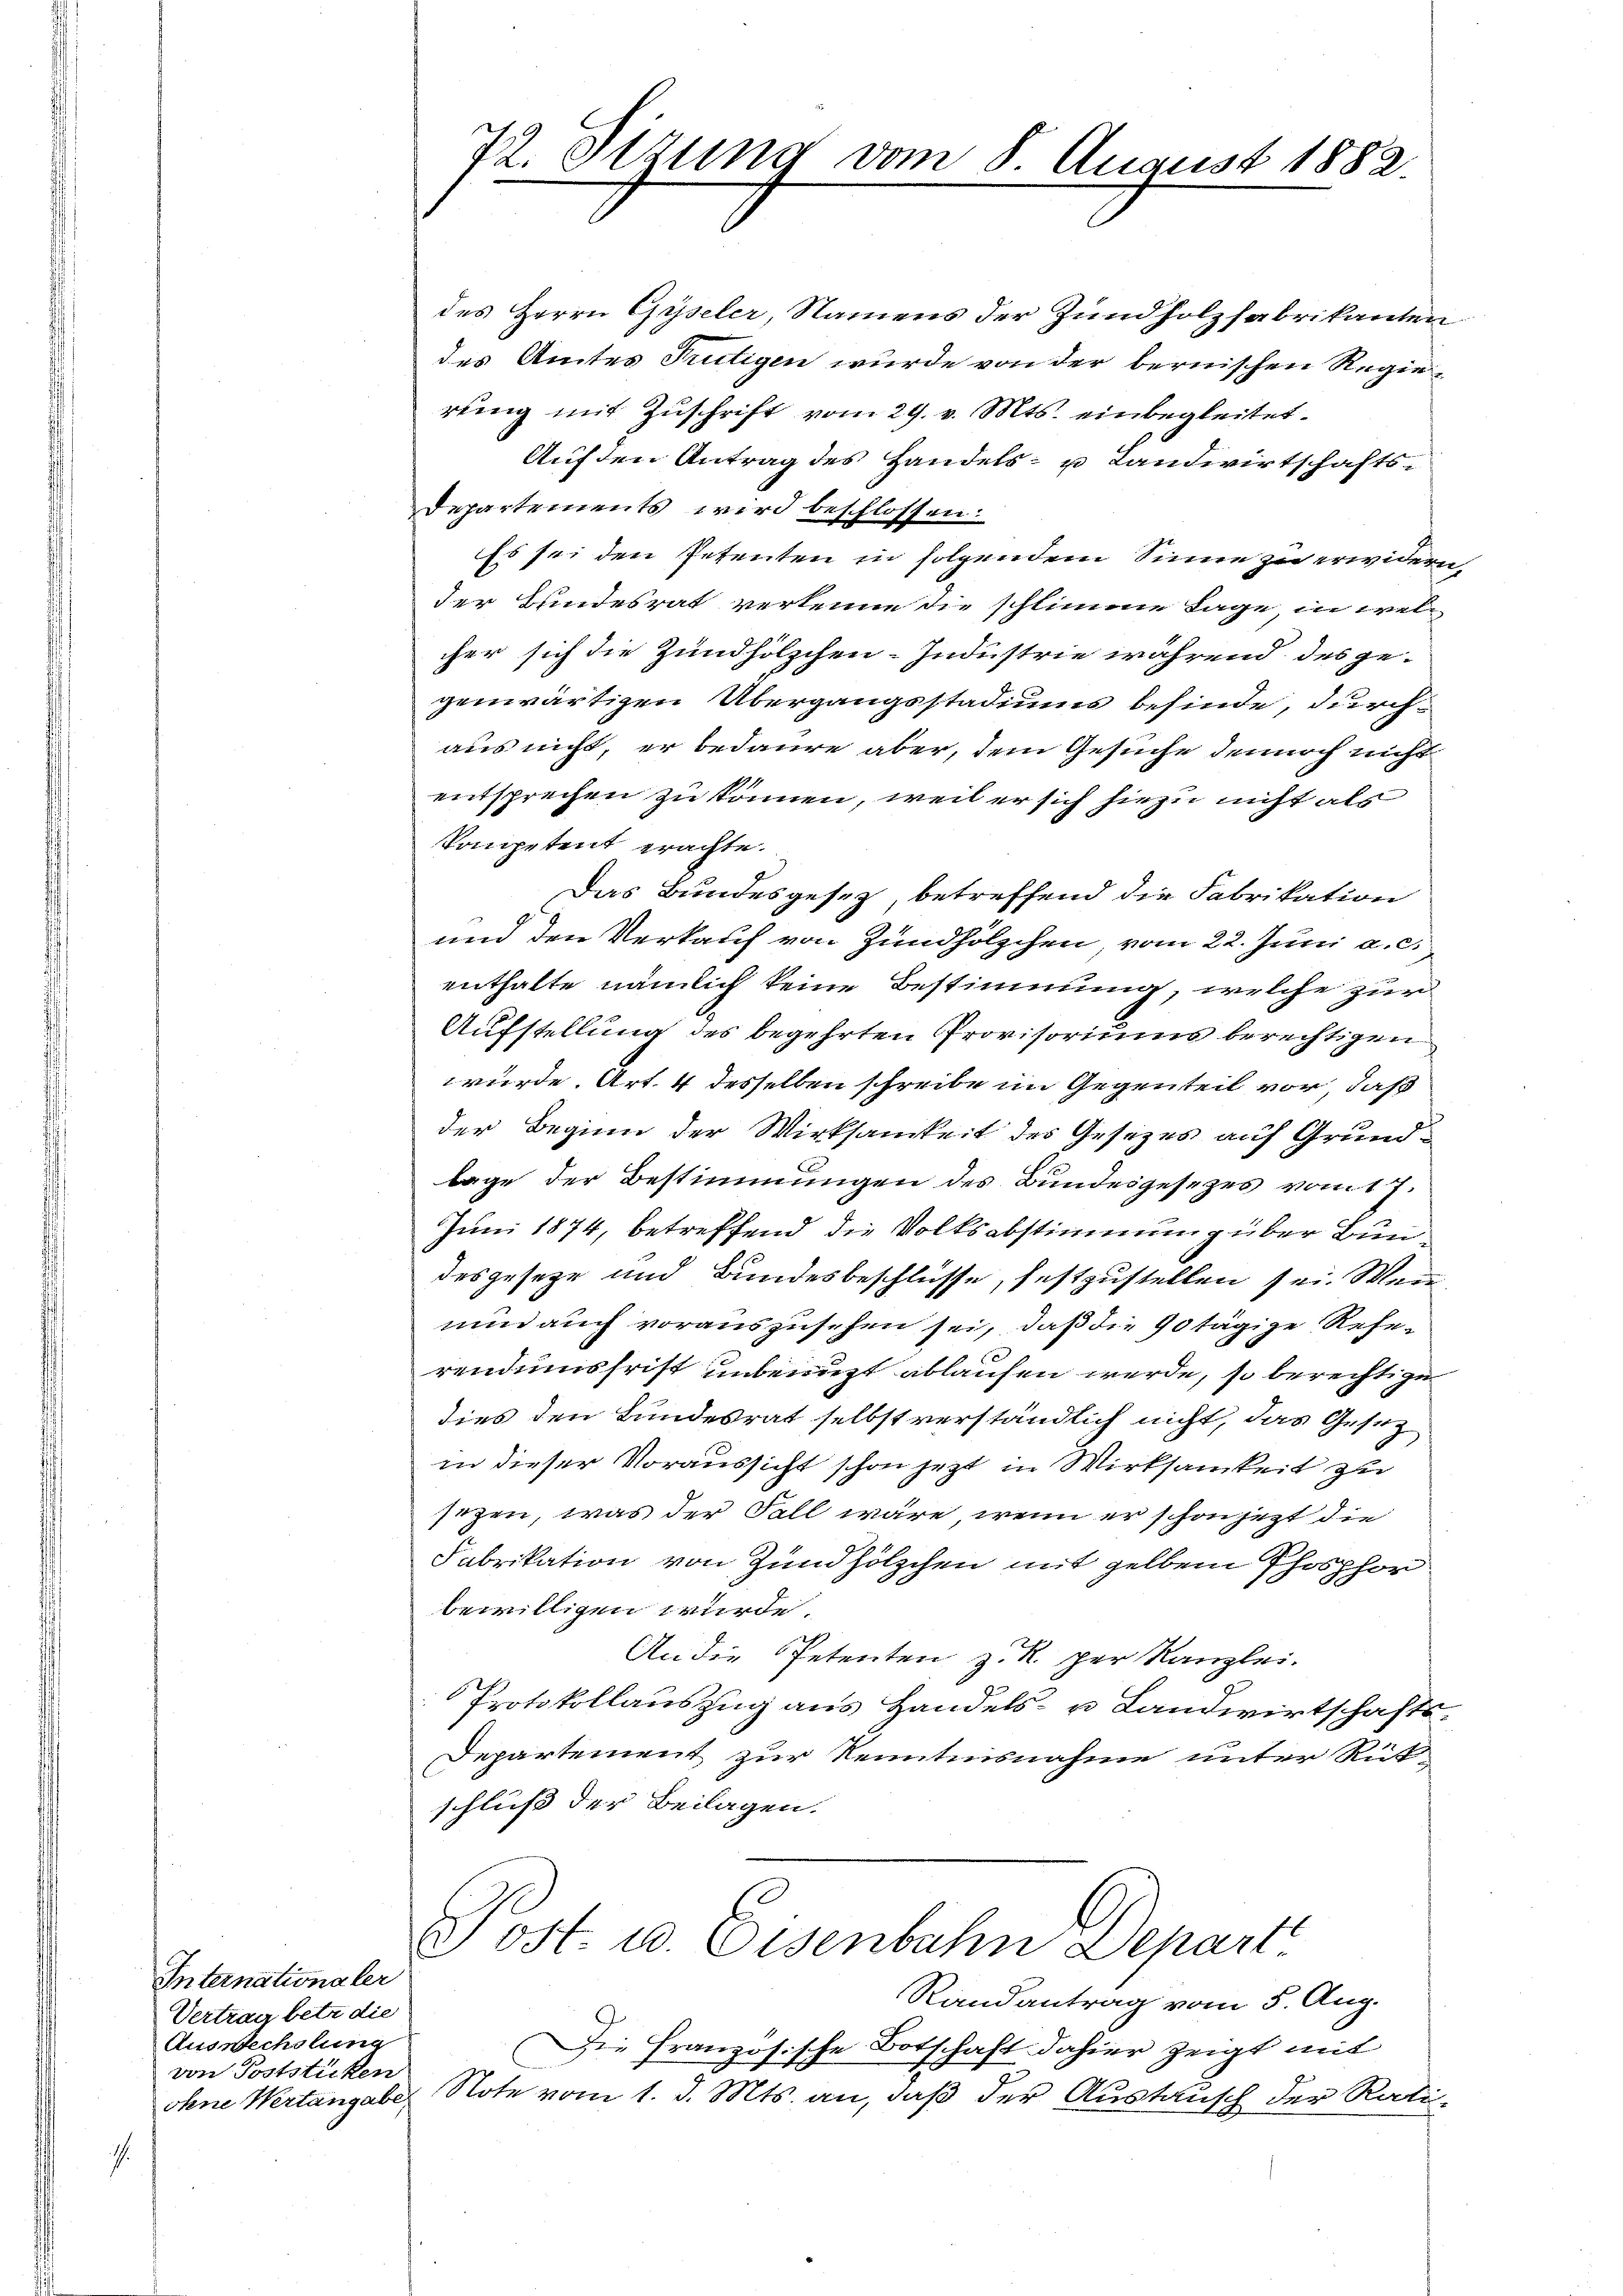
Internationaler
Vertrag betr. die
Auswechslung
von Poststücken

72. Situng vom 8. August 1882.
.

des Herrn Gyseler, Namens der Zündholzfabrikanten
des Amtes Trutigen wurde von der bernischen Regiereng mit Zuschrift vom 29. v. Mts. einbegleitet.
Auf den Antrag des Handels- u Landwirtschafts¬
Departements wird beschlossen.
Es sei den Petenten in folgendem Sinne zu erwidern,
der Bundesrat verkenne die schlimme Lage, in welcher sich die Zündhölzchen-Industrie während des ge-
genwärtigen Übergangsstadius befinde, durchaus nicht, er bedaure aber, dem Gesuche dennoch nicht
entsprechen zu können, weil er sich hiezu nicht als
Kompetent erachte.
Das Bundesgesetz, betreffend die Fabrikation
und den Verkauf von Zündhölzchen, vom 22. Juni a. c.
enthalte nämlich keine Bestimmung, welche zur
Aufstellung des begehrten Provisoriums berechtigen
würde. Art. 4 desselben schreibe im Gegenteil vor, daß
der Beginn der Wirksamkeit des Gesetzes auf Grundlage der Bestimmungen des Bundesgesezes vom 17.
Juni 1874, betreffend die Volksabstimmung über Bundesgesetze und Bundesbeschlüsse, festzustellen sei. Mann
nun auch vorauszusehen sei, daß die 90 tägige Referendumsfrist unbenutzt ablaufen werde, so berechtige
dies den Bundesrat selbst verständlich nicht, das Gesez
in dieser Voraussicht schon jetzt in Wirksamkeit zur
sezen, was der Fall wäre, wenn er schon jetzt die
Fabrikation von Zündhölzchen mit gelben Phosphor
bewilligen würde.
An die Petenten z. R. per Kanzlei.
Ich
Protokollauszug aus Handels- u Landwirtschafts¬
Departement zur Kenntnisnahme unter Rük-
schluß der Beilagen.
Post. u. Eisenbahn Depart
Randantrag vom 5. Aug.
Die Französische Botschaft dahier zeigt mit
ohne Wertangabe Note vom 1. d. Mts. an, daß der Austausch der Rati¬